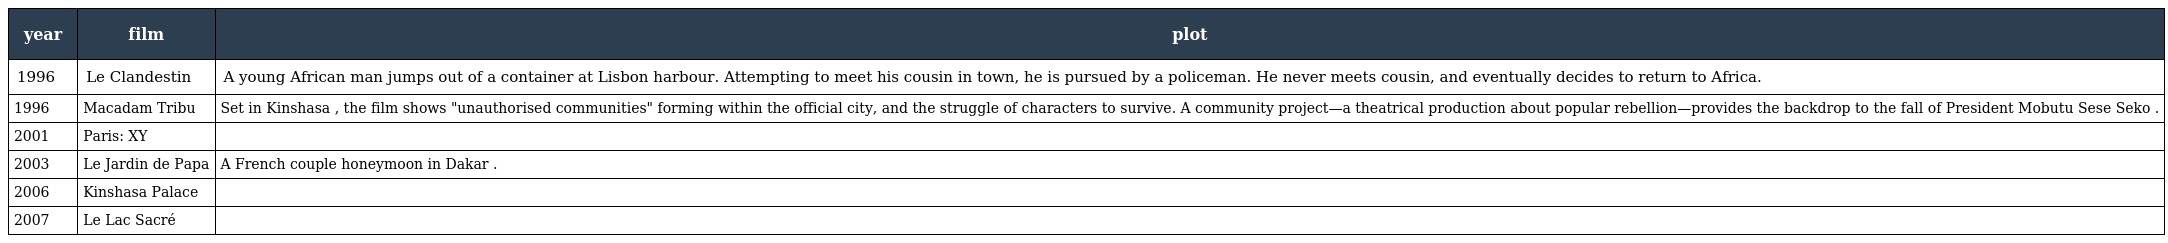
| year | film | plot |
 | --- | --- | --- |
 | 1996 | Le Clandestin | A young African man jumps out of a container at Lisbon harbour. Attempting to meet his cousin in town, he is pursued by a policeman. He never meets cousin, and eventually decides to return to Africa. |
 | 1996 | Macadam Tribu | Set in Kinshasa , the film shows "unauthorised communities" forming within the official city, and the struggle of characters to survive. A community project—a theatrical production about popular rebellion—provides the backdrop to the fall of President Mobutu Sese Seko . |
 | 2001 | Paris: XY |  |
 | 2003 | Le Jardin de Papa | A French couple honeymoon in Dakar . |
 | 2006 | Kinshasa Palace |  |
 | 2007 | Le Lac Sacré |  |